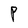
Character: P